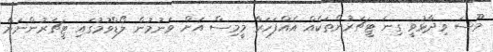
މޫސަ ވިދާޅުވީ ގިނަ ޓީޗަރުންތަކެއް އެއްފަހަރާ މީމިސް އަށް ވަނުމުން ލޯޑްވުމުގައި ޓީޗަރުންނަށް